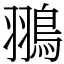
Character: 翵